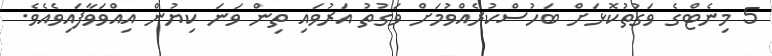
5 މިނެޓްގެ ވަގުތުކޮޅަށް ބަހުސްކުރެއްވުމަށް ވަގުތު އަރުވައި ތިން ވަނަ ކިޔުން އިއްވަވާފައިވެއެވެ.